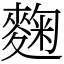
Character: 麴